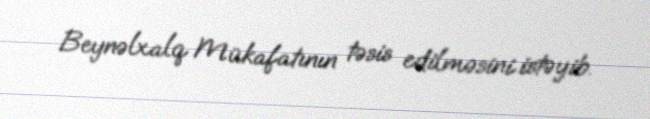
Beynəlxalq Mükafatının təsis edilməsini istəyib.